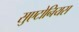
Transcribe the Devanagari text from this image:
सुएटोनियस